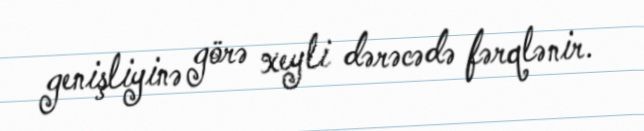
genişliyinə görə xeyli dərəcədə fərqlənir.